Civil Veterinary Dept. North-West Frontier Province 1901-22 - 1901-1922
Year: 1901
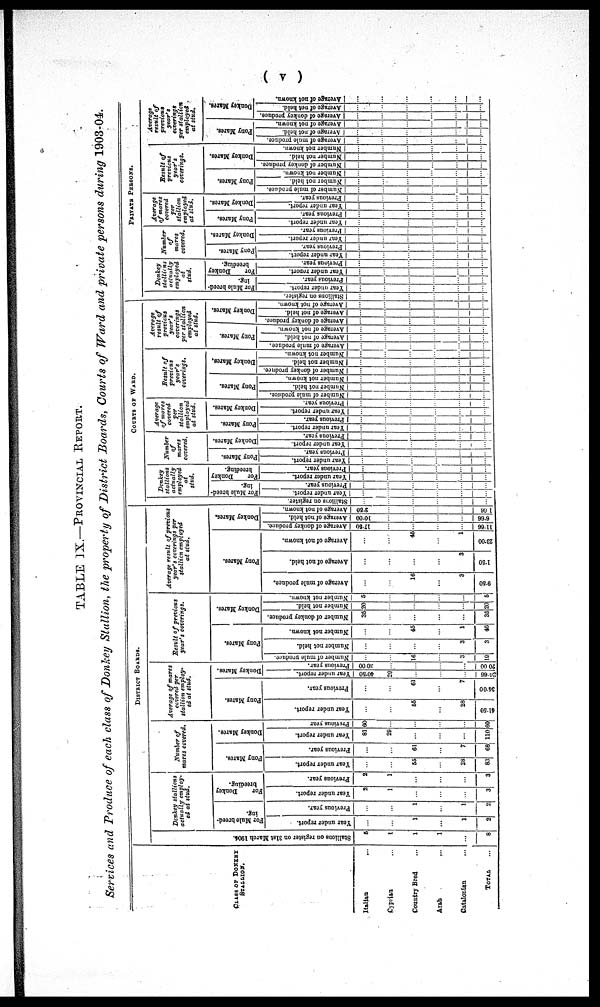
(v)
TABLE IX.—PROVINCIAL REPORT.
Services and Produce of each class of Donkey Stallion, the property of District Boards, Courts of Ward and private persons during 1903-04.
CLASS OF DONKEY
STALLION.
Italian ...
Cyprisa ...
Country Bred ...
Arab
...
Catalonian ...
TOTAL ...
Stallions on register on 31st March 1904.
5
1
1
1
...
8
DISTRICT BOARDS.
Donkey
stallions
actually
employ-
ed at stud.
For Mule breed-
ing.
Year under report.
...
...
1
...
1
2
Previous year.
...
...
1
...
1
2
For
Donkey
breeding.
Year under report.
2
1
...
...
...
3
Previous year.
2
1
...
...
...
3
Number
of
mares
covered.
Pony Mares.
Year under report.
...
...
55
...
28
83
Previous year.
...
...
61
...
7
68
Donkey Mares.
Year under report.
81
29
...
...
...
110
Previous year
60
...
...
...
...
60
Average
of
mares
covered
per
stallion
employ-
ed at
stud.
Pony Mares.
Year under report.
...
...
55
...
28
41.50
Previous year.
...
...
61
...
7
34.00
Donkey Mares.
Year under report.
40.50
20
...
......
...
36.66
Previous year.
30.00
...
....
....
20.00
Result of
previous
year's
coverings.
Pony Mar es .
Number of mule produce.
...
....
16
...
3
10
Number not held.
...
...
...
...
3
3
Number not known.
...
...
45
...
1
46
Donkey Mares.
Number of donkey produce.
35
...
...
...
...
35
Number not held.
20
...
...
...
...
20
Number not known.
5
...
...
....
...
5
Average
result
of precious
year's
coverings
per
stallion
employed
at
stud.
Pony Mares.
Average of mule produce.
...
...
16
...
3
9.50
Average of not held.
...
...
...
...
3
1.50
Average of not known.
...
...
45
...
1
23.00
Donkey Mares.
Average of donkey produce.
17.60
...
...
...
...
11.66
Average of not held.
10.00
...
...
...
6.66
Average of not known.
3.50
...
......
...
1.66
COURTS
OF
WARD
Donkey
stallions
actually
employed
at
stud.
For Mule breed-
ing.
Stallions on register.
...
...
...
...
...
...
Year
under report.
...
...
...
...
...
...
Previous year.
...
...
...
...
...
...
For
Donkey
breeding.
Year under report.
...
...
...
...
...
Previous year.
...
...
...
...
...
...
Number
of
mares
covered.
Pony Mares.
Year
under report.
...
...
...
...
...
...
Previous year.
...
...
...
...
...
...
Donkey Mares.
Year under report.
...
...
...
...
...
...
Previous year.
...
...
...
...
...
...
Average
of mares
covered
per
stallion
employed
at stud.
Pony Mares.
Year under report.
...
...
...
...
...
...
Previous year.
...
...
...
...
...
...
Donkey Mares.
Year under report.
...
...
...
...
...
...
Previous year.
...
...
...
...
...
...
Result of
previous
year's
coverings.
Pony Mares.
Number of mule produce.
...
...
...
...
...
...
Number not held.
...
...
...
...
...
...
Number not known.
...
...
...
...
...
...
Donkey Mares.
Number of donkey produce.
...
...
...
......
...
...
Number not held.
...
...
...
...
...
...
Number not known.
...
...
...
...
...
...
Average
result of
previous
year's
coverings
per stallion
employed
at stud.
Pony Mares.
Average of mule produce.
...
...
...
...
...
...
Average of not held.
...
...
...
...
...
...
Average of not known.
...
...
...
...
...
...
Donkey Mares.
Average of donkey produce.
...
...
...
...
...
...
Average of not held.
...
...
...
...
...
...
Average of not known.
...
...
...
...
...
...
PRIVATE
PERSONS
Donkey
stallions
actually
empleyed
at
Stud.
For Mule breed-
ing.
Stallions on register.
...
......
...
...
...
...
Year under report.
...
...
...
...
...
...
Previous year.
...
...
...
...
...
...
For
Donkey
breeding.
Year under report.
...
...
...
...
...
...
Previous year.
...
...
...
...
...
...
Number
of
mares
covered.
Pony Mares.
Year under report.
...
...
...
...
...
...
Previous year.
...
...
...
...
...
...
Donkey Mares.
Year under report.
...
...
...
...
...
...
Previous year.
...
...
...
...
...
...
Average
of mares
covered
per
stallion
employed
at stud.
Pony Mares.
Year under report.
...
...
...
...
...
...
Previous year.
...
...
...
...
...
...
Donkey Mares.
Year
report.
...
...
...
...
...
...
Previous year.
...
...
...
...
...
...
Result
previous
year's
coverings.
Pony Mares.
Number of mule produce.
...
...
...
...
...
...
Number not held.
...
...
...
...
...
...
Number not known.
...
...
...
...
...
...
Donkey Mares.
Number of donkey produce.
...
...
...
...
...
...
Number not. held.
...
...
...
...
...
...
Number not known.
...
...
...
...
...
...
Average
result of
previous
year's
coverings
per stallion
employed
at stud.
Pony Mares.
Average of mule produce.
...
...
...
...
...
...
Average of not held.
...
...
...
...
...
...
Average of not known.
...
...
...
...
...
....
Donkey Mares.
Average
of donkey produce.
...
...
...
...
...
...
Average of not held.
...
...
...
...
...
Average of not known.
...
...
...
...
....